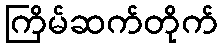
ကြိမ်ဆက်တိုက်